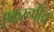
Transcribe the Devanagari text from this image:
एकरूपीय